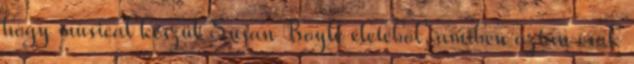
hogy musical készül Susan Boyle életéből, amiben aztán csak